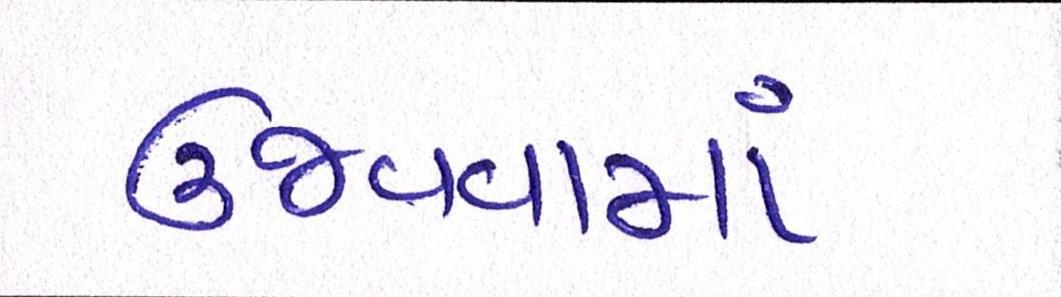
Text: ઉજવવામાં